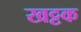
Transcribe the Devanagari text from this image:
खट्टक